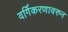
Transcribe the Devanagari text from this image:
वर्गिकरणावरुन